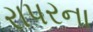
રાપરના